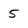
Character: 5